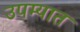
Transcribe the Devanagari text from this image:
उपम्यात